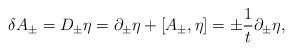
LaTeX: \begin{align*}\delta A_\pm = D_\pm \eta = \partial_\pm \eta + [A_\pm, \eta] = \pm {1\over t}\partial_\pm \eta,\end{align*}